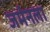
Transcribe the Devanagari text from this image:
जर्मनला